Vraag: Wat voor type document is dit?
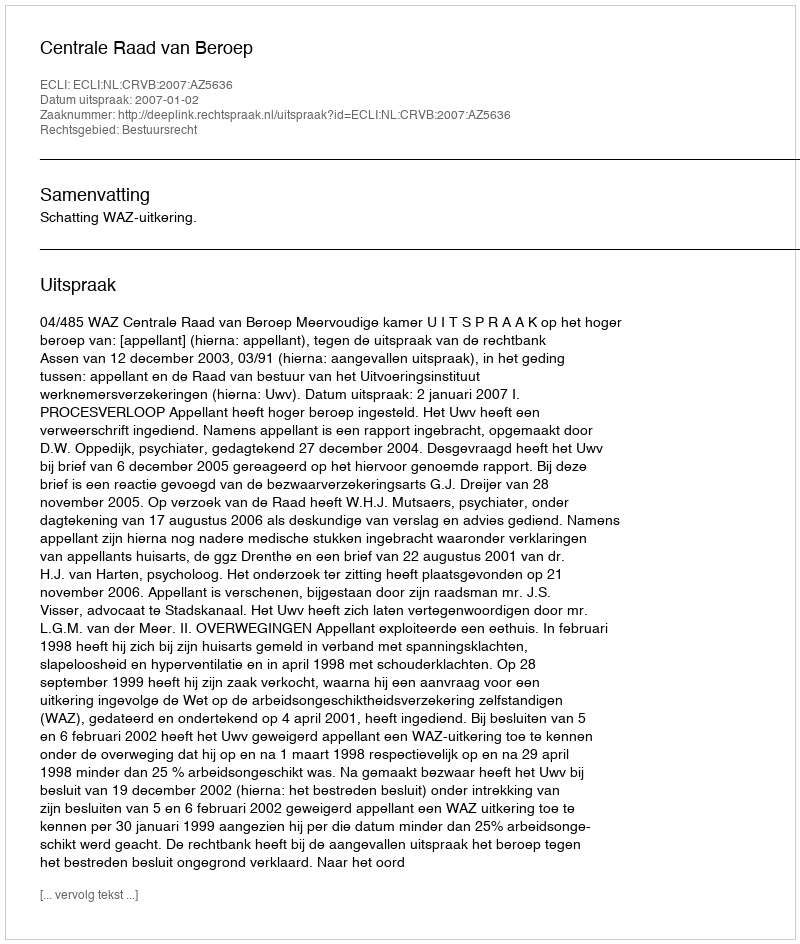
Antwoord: Uitspraak